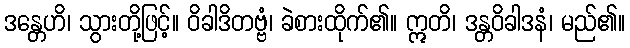
ဒန္တေဟိ၊ သွားတို့ဖြင့်။ ဝိခါဒိတဗ္ဗံ၊ ခဲစားထိုက်၏။ ဣတိ၊ ဒန္တဝိခါဒနံ၊ မည်၏။